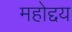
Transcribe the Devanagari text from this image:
महोद्दय